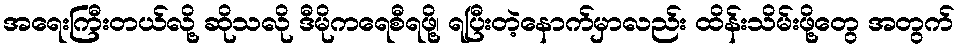
အရေးကြီးတယ်လို့ ဆိုသလို ဒီမိုကရေစီရဖို့၊ ရပြီးတဲ့နောက်မှာလည်း ထိန်းသိမ်းဖို့တွေ အတွက်